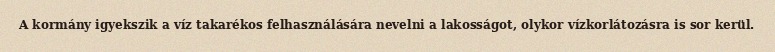
A kormány igyekszik a víz takarékos felhasználására nevelni a lakosságot, olykor vízkorlátozásra is sor kerül.